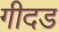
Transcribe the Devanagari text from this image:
गीदड